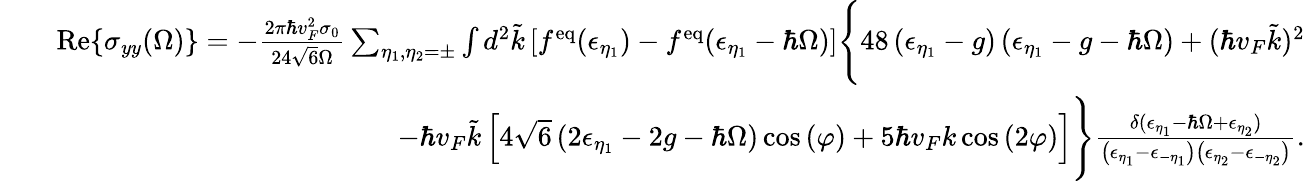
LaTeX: \begin{array}{rlr}&{}&{\mathrm{Re}{\left\{ \sigma_{yy}(\Omega)\right\} }=-\frac{2\pi\hbar v_{F}^{2}\sigma_{0}}{24\sqrt{6}\Omega}\sum_{\eta_{1},\eta_{2}=\pm}\int d^{2}\tilde{k}\left[f^{\mathrm{eq}}(\epsilon_{\eta_{1}})-f^{\mathrm{eq}}(\epsilon_{\eta_{1}}-\hbar\Omega)\right]\Bigg\{ 48\left(\epsilon_{\eta_{1}}-g\right)\left(\epsilon_{\eta_{1}}-g-\hbar\Omega\right)+(\hbar v_{F}\tilde{k})^{2}}\\ &{}&{-\hbar v_{F}\tilde{k}\left[4\sqrt{6}\left(2\epsilon_{\eta_{1}}-2g-\hbar\Omega\right)\cos{(\varphi)}+5\hbar v_{F}k\cos{(2\varphi)}\right]\Bigg\} \frac{\delta(\epsilon_{\eta_{1}}-\hbar\Omega+\epsilon_{\eta_{2}})}{\left(\epsilon_{\eta_{1}}-\epsilon_{-\eta_{1}}\right)\left(\epsilon_{\eta_{2}}-\epsilon_{-\eta_{2}}\right)}.}\end{array}